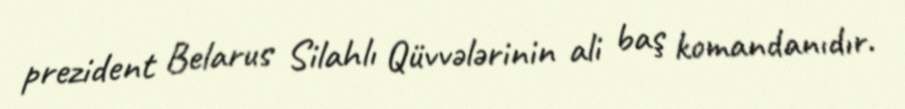
prezident Belarus Silahlı Qüvvələrinin ali baş komandanıdır.